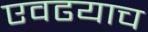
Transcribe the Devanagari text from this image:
एवढयाच